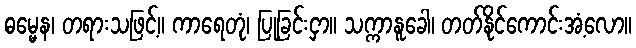
ဓမ္မေန၊ တရားသဖြင့်။ ကာရေတုံ၊ ပြုခြင်းငှာ။ သက္ကာနူခေါ၊ တတ်နိုင်ကောင်းအံ့လော။